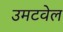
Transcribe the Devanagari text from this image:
उमटवेल